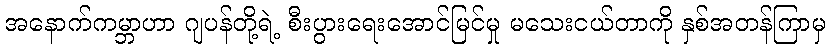
အနောက်ကမ္ဘာဟာ ဂျပန်တို့ရဲ့ စီးပွားရေးအောင်မြင်မှု မသေးငယ်တာကို နှစ်အတန်ကြာမှ